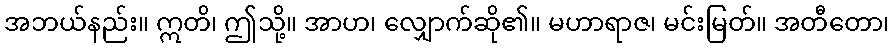
အဘယ်နည်း။ ဣတိ၊ ဤသို့။ အာဟ၊ လျှောက်ဆို၏။ မဟာရာဇ၊ မင်းမြတ်။ အတီတော၊